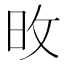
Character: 𪰋